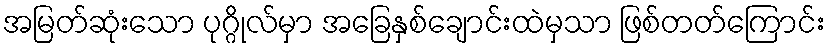
အမြတ်ဆုံးသော ပုဂ္ဂိုလ်မှာ အခြေနှစ်ချောင်းထဲမှသာ ဖြစ်တတ်ကြောင်း